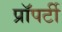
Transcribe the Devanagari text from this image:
प्राॅपर्टी